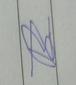
Signature authenticity: forged